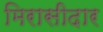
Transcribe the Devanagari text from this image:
मिरासीदार